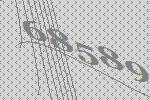
68589